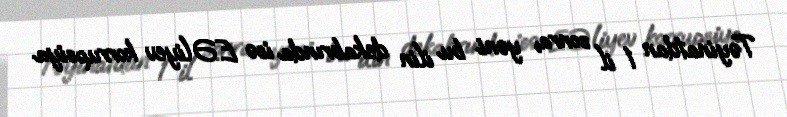
Təyinatdan 1 il sonra, yəni bu ilin dekabrında isə E.Əliyev korrupsiya